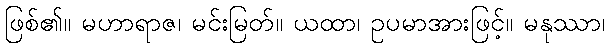
ဖြစ်၏။ မဟာရာဇ၊ မင်းမြတ်။ ယထာ၊ ဥပမာအားဖြင့်။ မနုဿာ၊